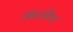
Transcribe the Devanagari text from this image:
जालीच